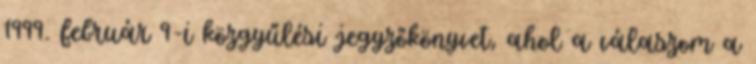
1999. február 9-i közgyűlési jegyzőkönyvet, ahol a válaszom a